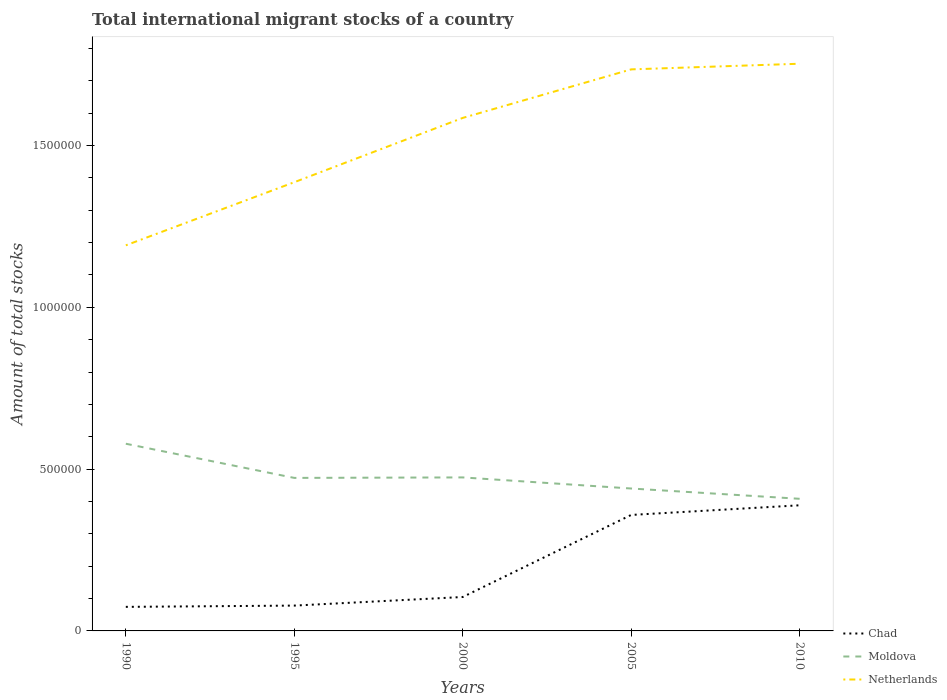
| Years | Chad | Moldova | Netherlands |
 | --- | --- | --- | --- |
 | 1990 | 7.43e+04 | 5.78e+05 | 1.19e+06 |
 | 1995 | 7.83e+04 | 4.73e+05 | 1.39e+06 |
 | 2000 | 1.05e+05 | 4.74e+05 | 1.59e+06 |
 | 2005 | 3.58e+05 | 4.4e+05 | 1.74e+06 |
 | 2010 | 3.88e+05 | 4.08e+05 | 1.75e+06 |